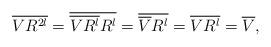
LaTeX: \begin{align*}\overline{VR^{2l}}=\overline{\overline{VR^l}R^l}=\overline{\overline{V}R^l}=\overline{VR^l}=\overline{V},\end{align*}